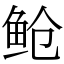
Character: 䲝